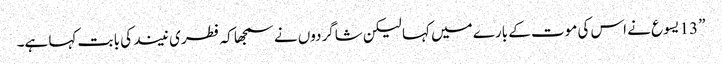
” 13 یسوع نے اس کی موت کے بارے میں کہا لیکن شاگردوں نے سمجھا کہ فطری نیند کی با بت کہا ہے۔